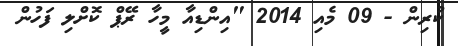
ކުރިން - 09 މެއި 2014 "އިންޑިއާ މީހާ ރޭޕް ކޮށްލި ފަހުން